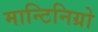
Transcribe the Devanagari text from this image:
मान्टिनिग्रो